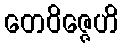
တေဝိဇ္ဇေဟိ